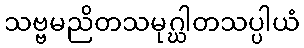
သဗ္ဗမညိတသမုဂ္ဃါတသပ္ပါယံ